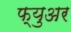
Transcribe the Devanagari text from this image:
फ्युअर